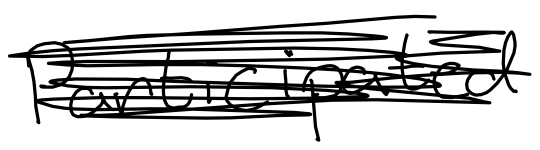
Text: participated
Cross-out: scratch
Writing tool: digital_black